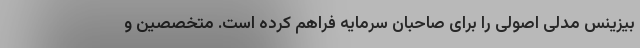
بیزینس مدلی اصولی را برای صاحبان سرمایه فراهم کرده است. متخصصین و